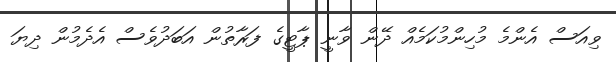
ވިއަސް އެންމެ މުހިންމުކަމެއް ދޭން ވާނީ ޕާޓީގެ ފަރާތުން އަބަދުވެސް އެދެމުން ދިޔަ